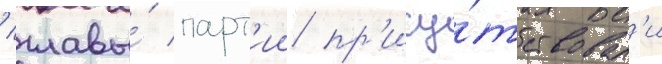
/ главы́ парт'ии пр'ису́тствовал'и